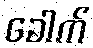
ခေါက်